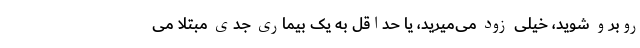
روبرو شوید، خیلی زود می‌میرید، یا حداقل به یک بیماری جدی مبتلا می